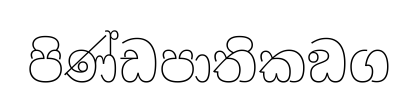
පිණ්ඩපාතිකඞග